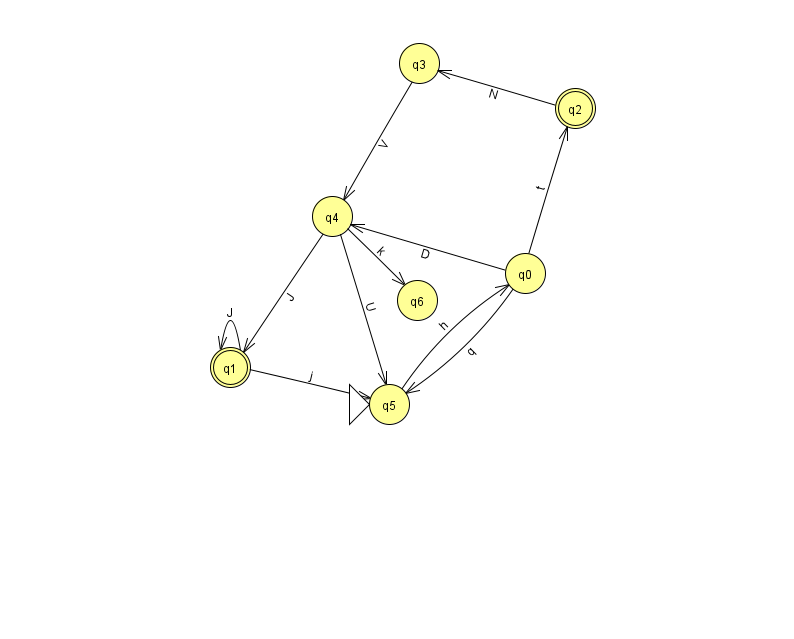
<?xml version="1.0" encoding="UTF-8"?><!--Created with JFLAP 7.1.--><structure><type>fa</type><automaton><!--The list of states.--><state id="0" name="q0"><x>525.0</x><y>260.0</y></state><state id="1" name="q1"><x>230.0</x><y>354.0</y><final/></state><state id="2" name="q2"><x>575.0</x><y>95.0</y><final/></state><state id="3" name="q3"><x>419.0</x><y>50.0</y></state><state id="4" name="q4"><x>332.0</x><y>203.0</y></state><state id="5" name="q5"><x>389.0</x><y>391.0</y><initial/></state><state id="6" name="q6"><x>417.0</x><y>287.0</y></state><!--The list of transitions.--><transition><from>3</from><to>4</to><read>V</read></transition><transition><from>4</from><to>5</to><read>U</read></transition><transition><from>1</from><to>5</to><read>j</read></transition><transition><from>2</from><to>3</to><read>N</read></transition><transition><from>4</from><to>1</to><read>J</read></transition><transition><from>5</from><to>0</to><read>h</read></transition><transition><from>0</from><to>2</to><read>t</read></transition><transition><from>4</from><to>6</to><read>k</read></transition><transition><from>1</from><to>1</to><read>J</read></transition><transition><from>0</from><to>4</to><read>D</read></transition><transition><from>0</from><to>5</to><read>q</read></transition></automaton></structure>